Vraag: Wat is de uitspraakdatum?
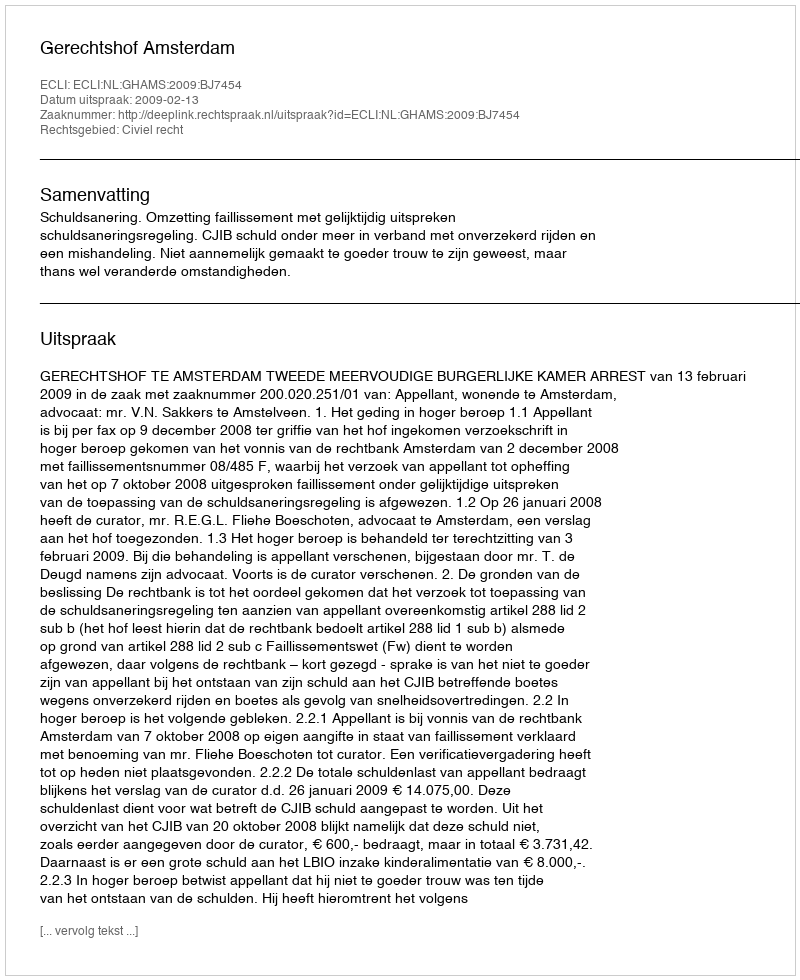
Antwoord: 2009-02-13